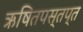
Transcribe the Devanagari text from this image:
ऋषितपस्तप्त